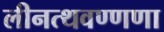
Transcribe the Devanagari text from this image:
लीनत्थवण्णणा